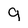
Character: g